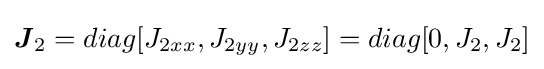
{\boldsymbol {J}}_{2}=diag[J_{2xx},J_{2yy},J_{2zz}]=diag[0,J_{2},J_{2}]